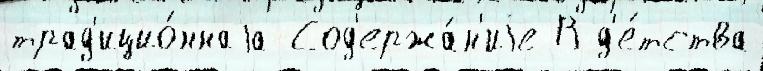
трад'ицио́ннаjа Сод'ержа́н'иjе В д'е́тства